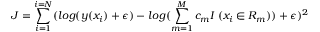
J = \sum _ { i = 1 } ^ { i = N } ( l o g ( y ( x _ { i } ) + \epsilon ) - l o g ( \sum _ { m = 1 } ^ { M } c _ { m } I \: ( x _ { i } \in R _ { m } ) ) + \epsilon ) ^ { 2 }